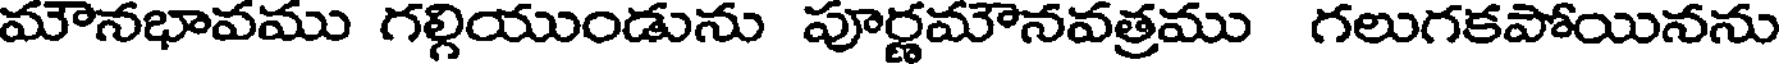
మౌనభావము గల్గియుండును పూర్ణమౌనవత్రము గలుగకపోయినను